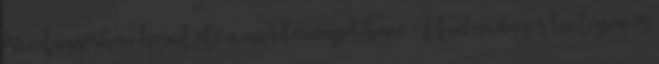
összefüggésben kerül elő a mindennapokban. A tudományos biológiai és